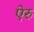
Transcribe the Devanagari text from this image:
ऐरु